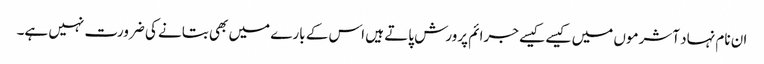
ان نام نہاد آشرموں میں کیسے کیسے جرائم پرورش پاتے ہیں اس کے بارے میں بھی بتانے کی ضرورت نہیں ہے۔